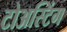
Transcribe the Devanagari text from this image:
टोअस्टिंग